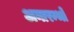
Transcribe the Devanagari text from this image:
अनारम्भो